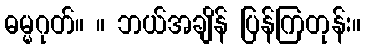
ဓမ္မဂုတ်။ ။ ဘယ်အချိန် ပြန်ကြတုန်း။